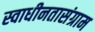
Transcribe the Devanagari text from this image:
स्वाधीनतासंग्राम